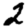
Digit: 2